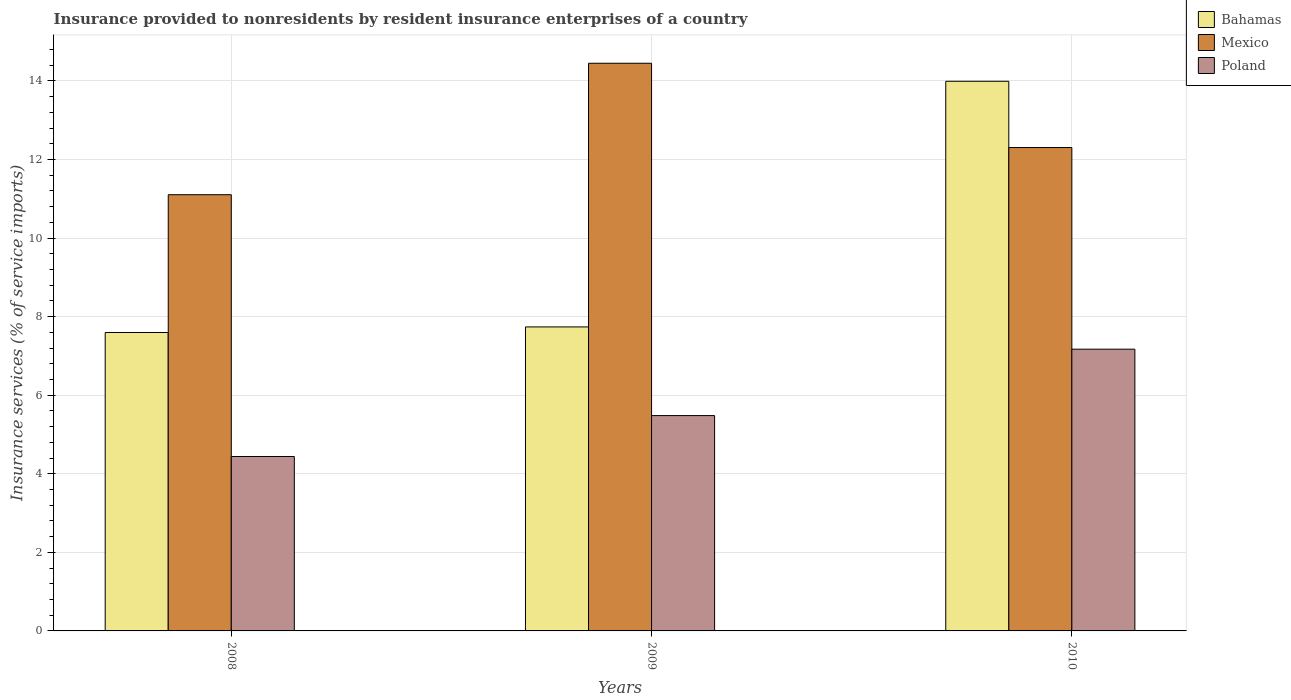
| Years | Bahamas | Mexico | Poland |
 | --- | --- | --- | --- |
 | 2008 | 7.6 | 11.1 | 4.44 |
 | 2009 | 7.74 | 14.4 | 5.48 |
 | 2010 | 14 | 12.3 | 7.17 |